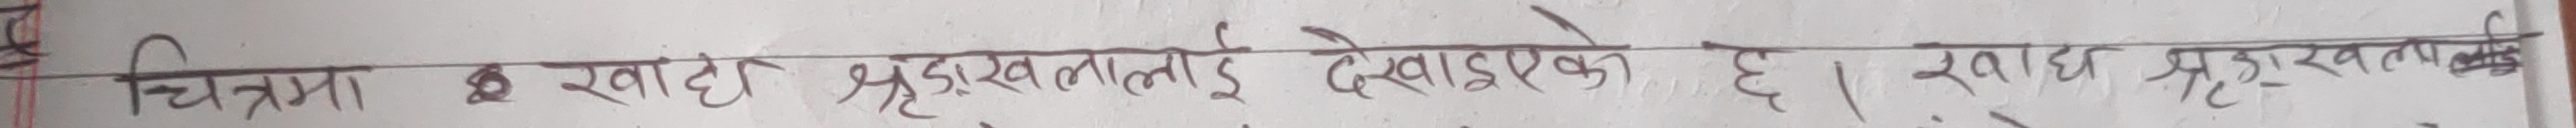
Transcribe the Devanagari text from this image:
चित्रमा छ खाद्य श्रृङ्खलालाई देखाईएको छ । खाद्य श्रृङ्खलालाई